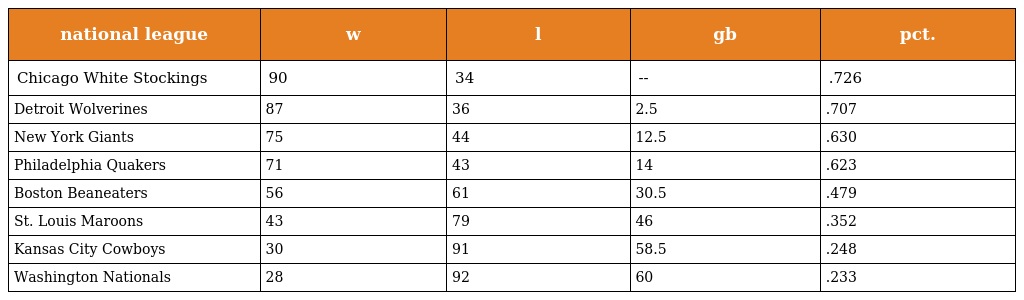
| national league | w | l | gb | pct. |
 | --- | --- | --- | --- | --- |
 | Chicago White Stockings | 90 | 34 | -- | .726 |
 | Detroit Wolverines | 87 | 36 | 2.5 | .707 |
 | New York Giants | 75 | 44 | 12.5 | .630 |
 | Philadelphia Quakers | 71 | 43 | 14 | .623 |
 | Boston Beaneaters | 56 | 61 | 30.5 | .479 |
 | St. Louis Maroons | 43 | 79 | 46 | .352 |
 | Kansas City Cowboys | 30 | 91 | 58.5 | .248 |
 | Washington Nationals | 28 | 92 | 60 | .233 |